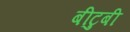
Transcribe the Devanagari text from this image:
बीटुबी